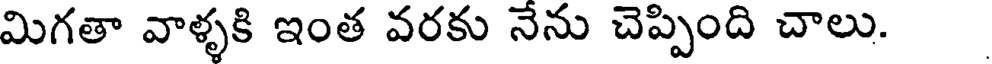
మిగతా వాళ్ళకి ఇంత వరకు నేను చెప్పింది చాలు.